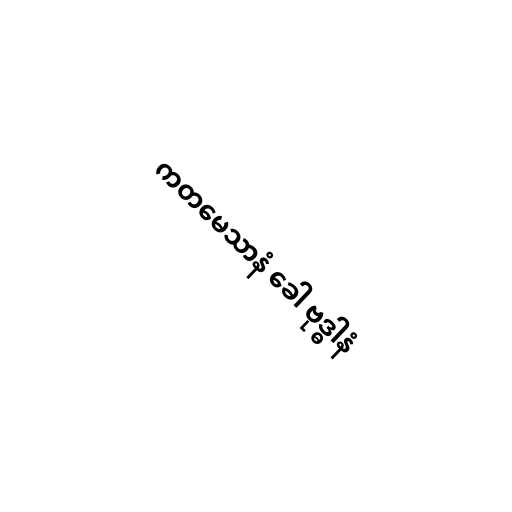
ကတမေသာနံ ခေါ ဗုဒ္ဓါနံ